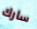
سارك